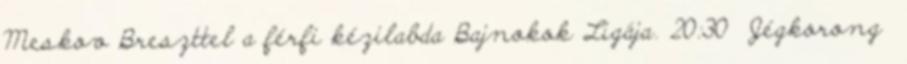
Meskov Breszttel a férfi kézilabda Bajnokok Ligája. 20:30 Jégkorong